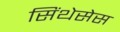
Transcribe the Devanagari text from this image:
सिंथेसेस